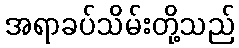
အရာခပ်သိမ်းတို့သည်